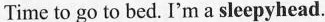
Time to go to bed. I'm a sleepyhead.